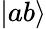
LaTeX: \left|ab\right\rangle